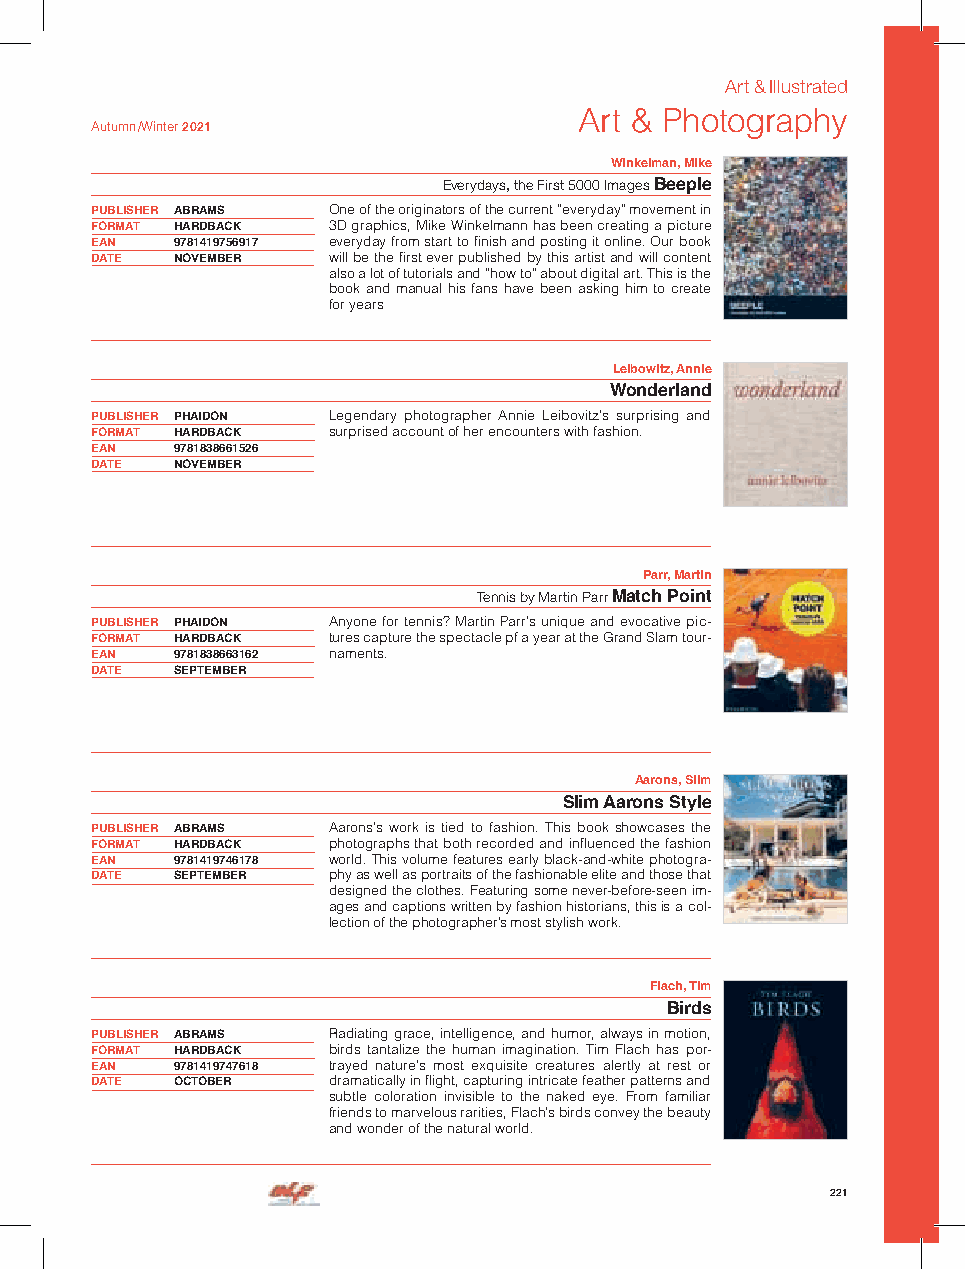
Art & Illustrated
 Art & Photography
 Autumn /Winter 2021
 Winkelman, Mike
 Everydays, the First 5000 Images Beeple
 PUBLISHER ABRAMS One of the originators of the current “everyday” movement in
 FORMAT HARDBACK 3D graphics, Mike Winkelmann has been creating a picture
 EAN  9781419756917 everyday from start to finish and posting it online. Our book
 DATE NOVEMBER   will be the first ever published by this artist and will content
 also a lot of tutorials and “how to” about digital art. This is the
 book and manual his fans have been asking him to create
 for years
 Leibowitz, Annie
 Wonderland
 PUBLISHER PHAIDON Legendary photographer Annie Leibovitz’s surprising and
 FORMAT HARDBACK surprised account of her encounters with fashion.
 EAN  9781838661526
 DATE NOVEMBER
 Parr, Martin
 Tennis by Martin Parr Match Point
 PUBLISHER PHAIDON Anyone for tennis? Martin Parr’s unique and evocative pic-
 FORMAT HARDBACK tures capture the spectacle pf a year at the Grand Slam tour-
 EAN  9781838663162 naments.
 DATE SEPTEMBER
 Aarons, Slim
 Slim Aarons Style
 PUBLISHER ABRAMS Aarons’s work is tied to fashion. This book showcases the
 FORMAT HARDBACK photographs that both recorded and influenced the fashion
 EAN  9781419746178 world. This volume features early black-and-white photogra-
 DATE SEPTEMBER  phy as well as portraits of the fashionable elite and those that
 designed the clothes. Featuring some never-before-seen im-
 ages and captions written by fashion historians, this is a col-
 lection of the photographer’s most stylish work.
 Flach, Tim
 Birds
 PUBLISHER ABRAMS Radiating grace, intelligence, and humor, always in motion,
 FORMAT HARDBACK birds tantalize the human imagination. Tim Flach has por-
 EAN  9781419747618 trayed nature’s most exquisite creatures alertly at rest or
 DATE OCTOBER    dramatically in flight, capturing intricate feather patterns and
 subtle coloration invisible to the naked eye. From familiar
 friends to marvelous rarities, Flach’s birds convey the beauty
 and wonder of the natural world.
 221